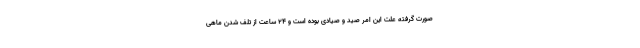
صورت گرفته علت این امر صید و صیادی بوده است و ۲۴ ساعت از تلف شدن ماهی